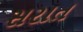
સરાત